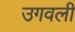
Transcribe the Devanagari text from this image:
उगवली